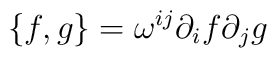
\{f,g\} = \omega^{ij}\partial_{i}f\partial_{j}g